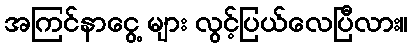
အကြင်နာငွေ့ များ လွင့်ပြယ်လေပြီလား။